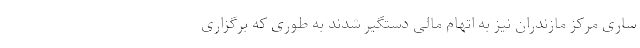
ساری مرکز مازندران نیز به اتهام مالی دستگیر شدند به طوری که برگزاری